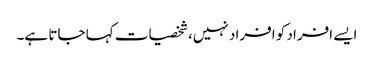
ایسے افراد کو افراد نہیں، شخصیات کہا جاتا ہے۔